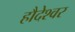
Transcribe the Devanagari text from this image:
हौदेश्वर